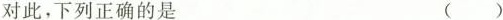
对此，下列正确的是 ( )